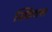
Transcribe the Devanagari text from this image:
स्फ़िंक्स